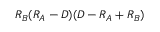
R _ { B } ( R _ { A } - D ) ( D - R _ { A } + R _ { B } )